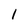
Character: 1